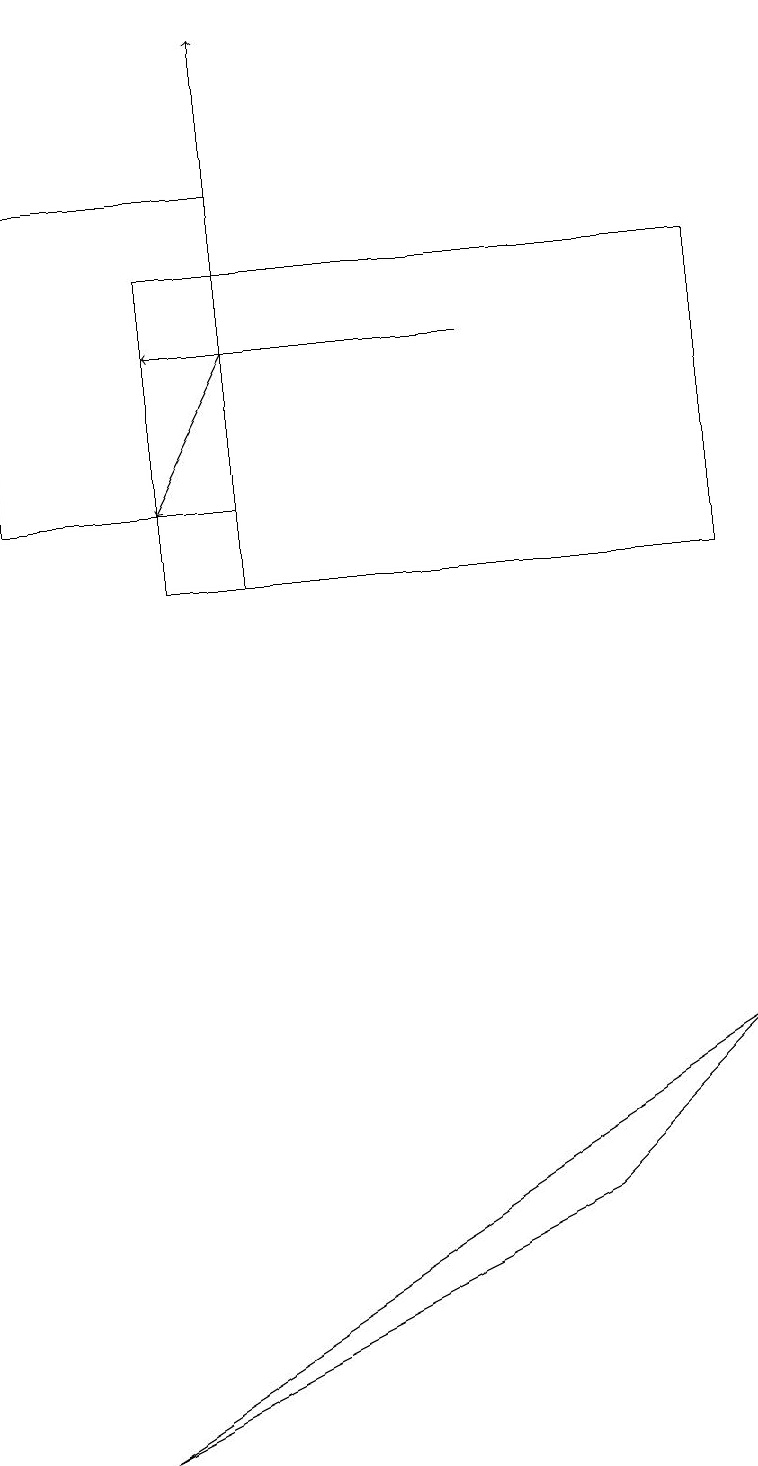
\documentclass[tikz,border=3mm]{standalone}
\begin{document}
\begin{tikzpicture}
\draw[->] (3,11) -- (3,18);
\draw (3,12) rectangle (0,16);
\draw[->] (3,14) -- (2,12);
\draw[->] (6,14) -- (2,14);
\draw (1,0) -- (9,5) -- (7,3) -- cycle;
\draw (2,15) rectangle (9,11);
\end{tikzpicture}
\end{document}